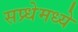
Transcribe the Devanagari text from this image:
सप्र्धेमध्ये